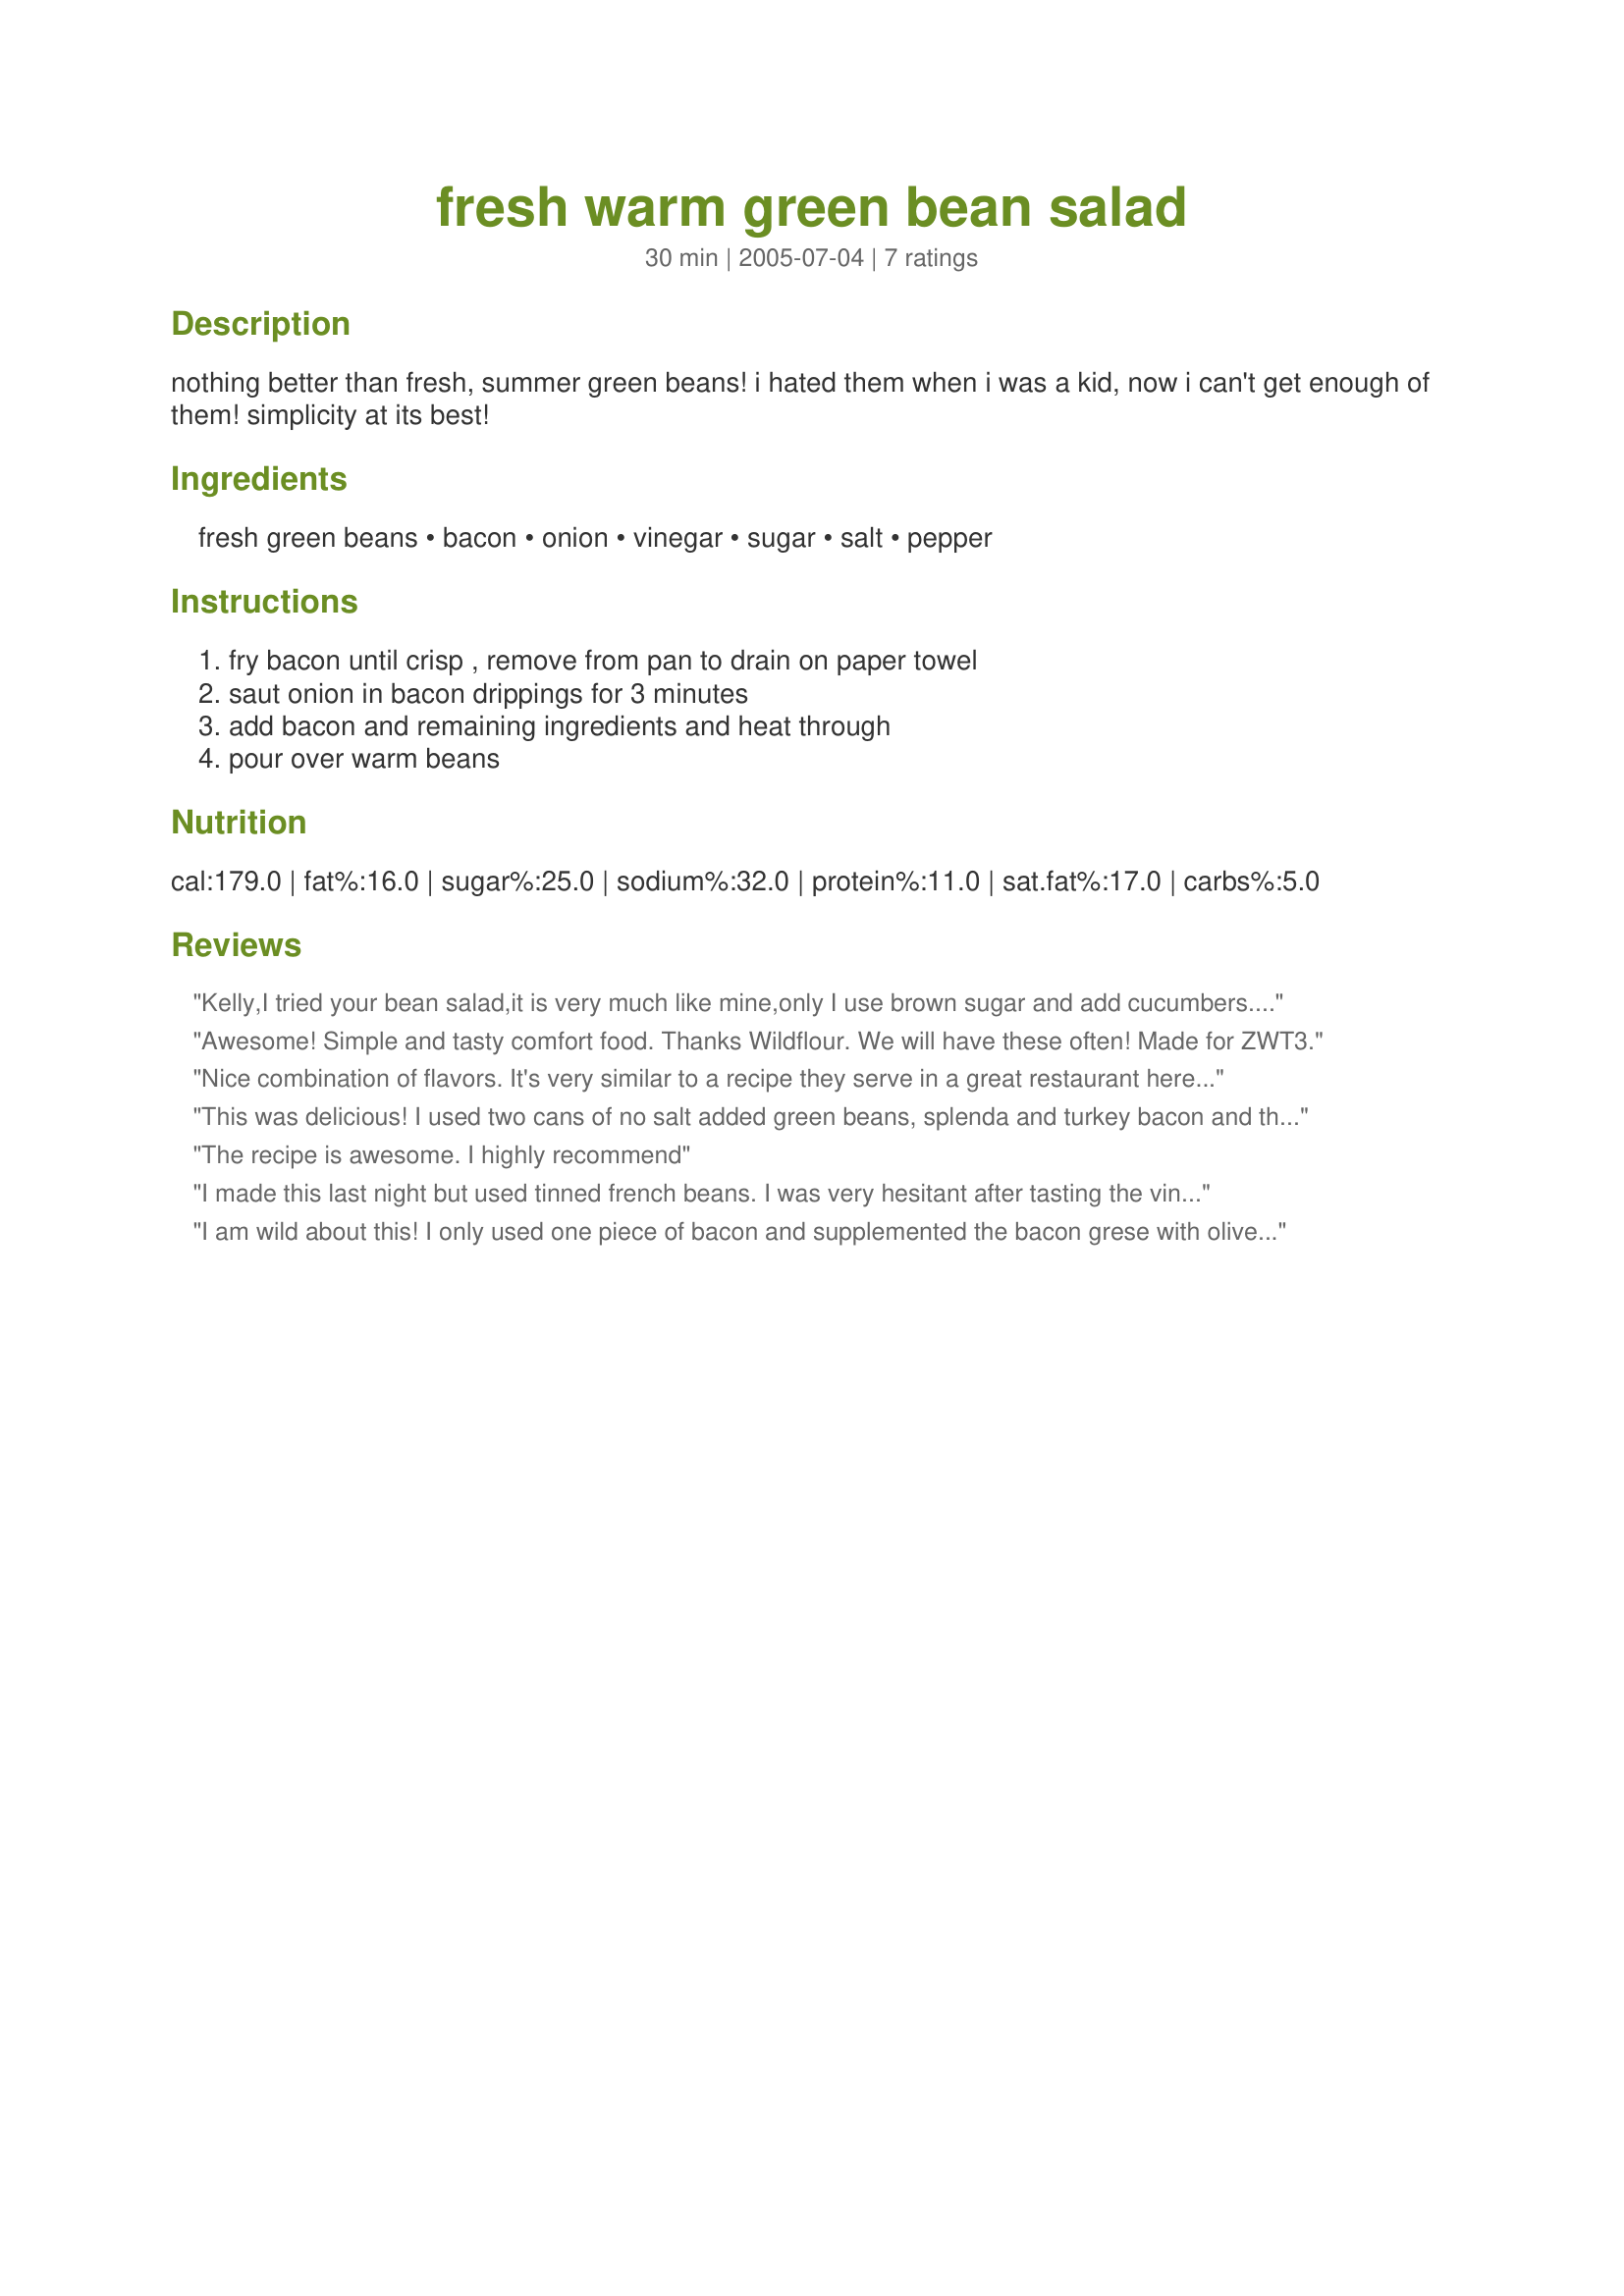
fresh warm green bean salad
Preparation time: 30 minutes

nothing better than fresh, summer green beans! i hated them when i was a kid, now i can't get enough of them! simplicity at its best!

Ingredients:
fresh green beans, bacon, onion, vinegar, sugar, salt, pepper

Steps:
fry bacon until crisp , remove from pan to drain on paper towel, saut onion in bacon drippings for 3 minutes, add bacon and remaining ingredients and heat through, pour over warm beans

Reviews:
Kelly,I tried your bean salad,it is very much like mine,only I use brown sugar and add cucumbers.It was a good salad.Thanks,Rose of Sharon
Awesome! Simple and tasty comfort food. Thanks Wildflour. We will have these often! Made for ZWT3.
Nice combination of flavors. It's very similar to a recipe they serve in a great restaurant here in our town. We're always looking for new ways to enjoy veggies and this was a hit with one of our children...and this recipe makes it easy to keep some green beans plain for those who don't like dressing because the beans are not cooked - only dressed in these flavors. Thanks Wildflour :)
This was delicious! I used two cans of no salt added green beans, splenda and turkey bacon and the dish was simply wonderful.
The recipe is awesome. I highly recommend
I made this last night but used tinned french beans. I was very hesitant after tasting the vinegar mixture...It really took my breath away but after adding a little more sugar and mixing it with the other ingredients it was so 
good. They all disappeared so I am assuming they were a big hit. Thanks for the recipe. Another way to cook a tasty vegetable dish.
I am wild about this! I only used one piece of bacon and supplemented the bacon grese with olive oil in order to saute the onions, otherwise I prepared as called for.
